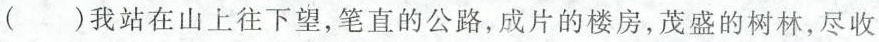
()我站在山上往下望，笔直的公路，成片的楼房，茂盛的树林，尽收